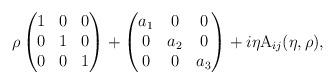
LaTeX: \begin{align*}\rho \begin{pmatrix}1 & 0 &0\\0& 1 &0\\0&0&1\\\end{pmatrix}+\begin{pmatrix}a_1 & 0 & 0\\0 &a_2&0\\0&0&a_3\\\end{pmatrix}+i\eta \mathrm{A}_{ij}(\eta,\rho),\end{align*}